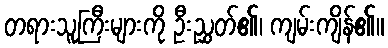
တရားသူကြီးများကို ဦးညွှတ်၏၊ ကျမ်းကျိန်၏။